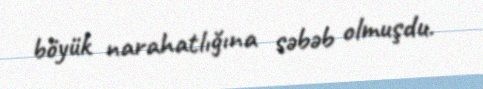
böyük narahatlığına səbəb olmuşdu.